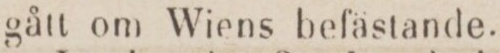
gått om Wiens befästande.